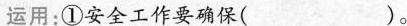
运用：①安全工作要确保( )。